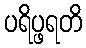
ပရိပ္ဖရတိ